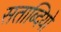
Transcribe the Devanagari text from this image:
सताब्दियो